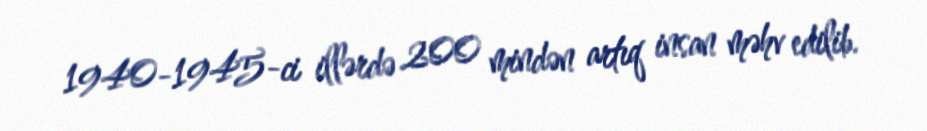
1940-1945-ci illərdə 200 mindən artıq insan məhv edilib.